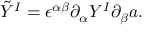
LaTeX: \tilde { Y } ^ { I } = \epsilon ^ { \alpha \beta } \partial _ { \alpha } Y ^ { I } \partial _ { \beta } a .